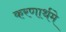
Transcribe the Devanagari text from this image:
करणार्थमे